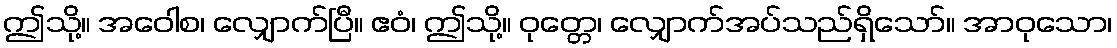
ဤသို့။ အဝေါစ၊ လျှောက်ပြီ။ ဧဝံ၊ ဤသို့။ ဝုတ္တေ၊ လျှောက်အပ်သည်ရှိသော်။ အာဝုသော၊